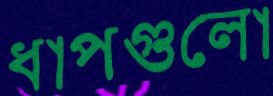
ধাপগুলো